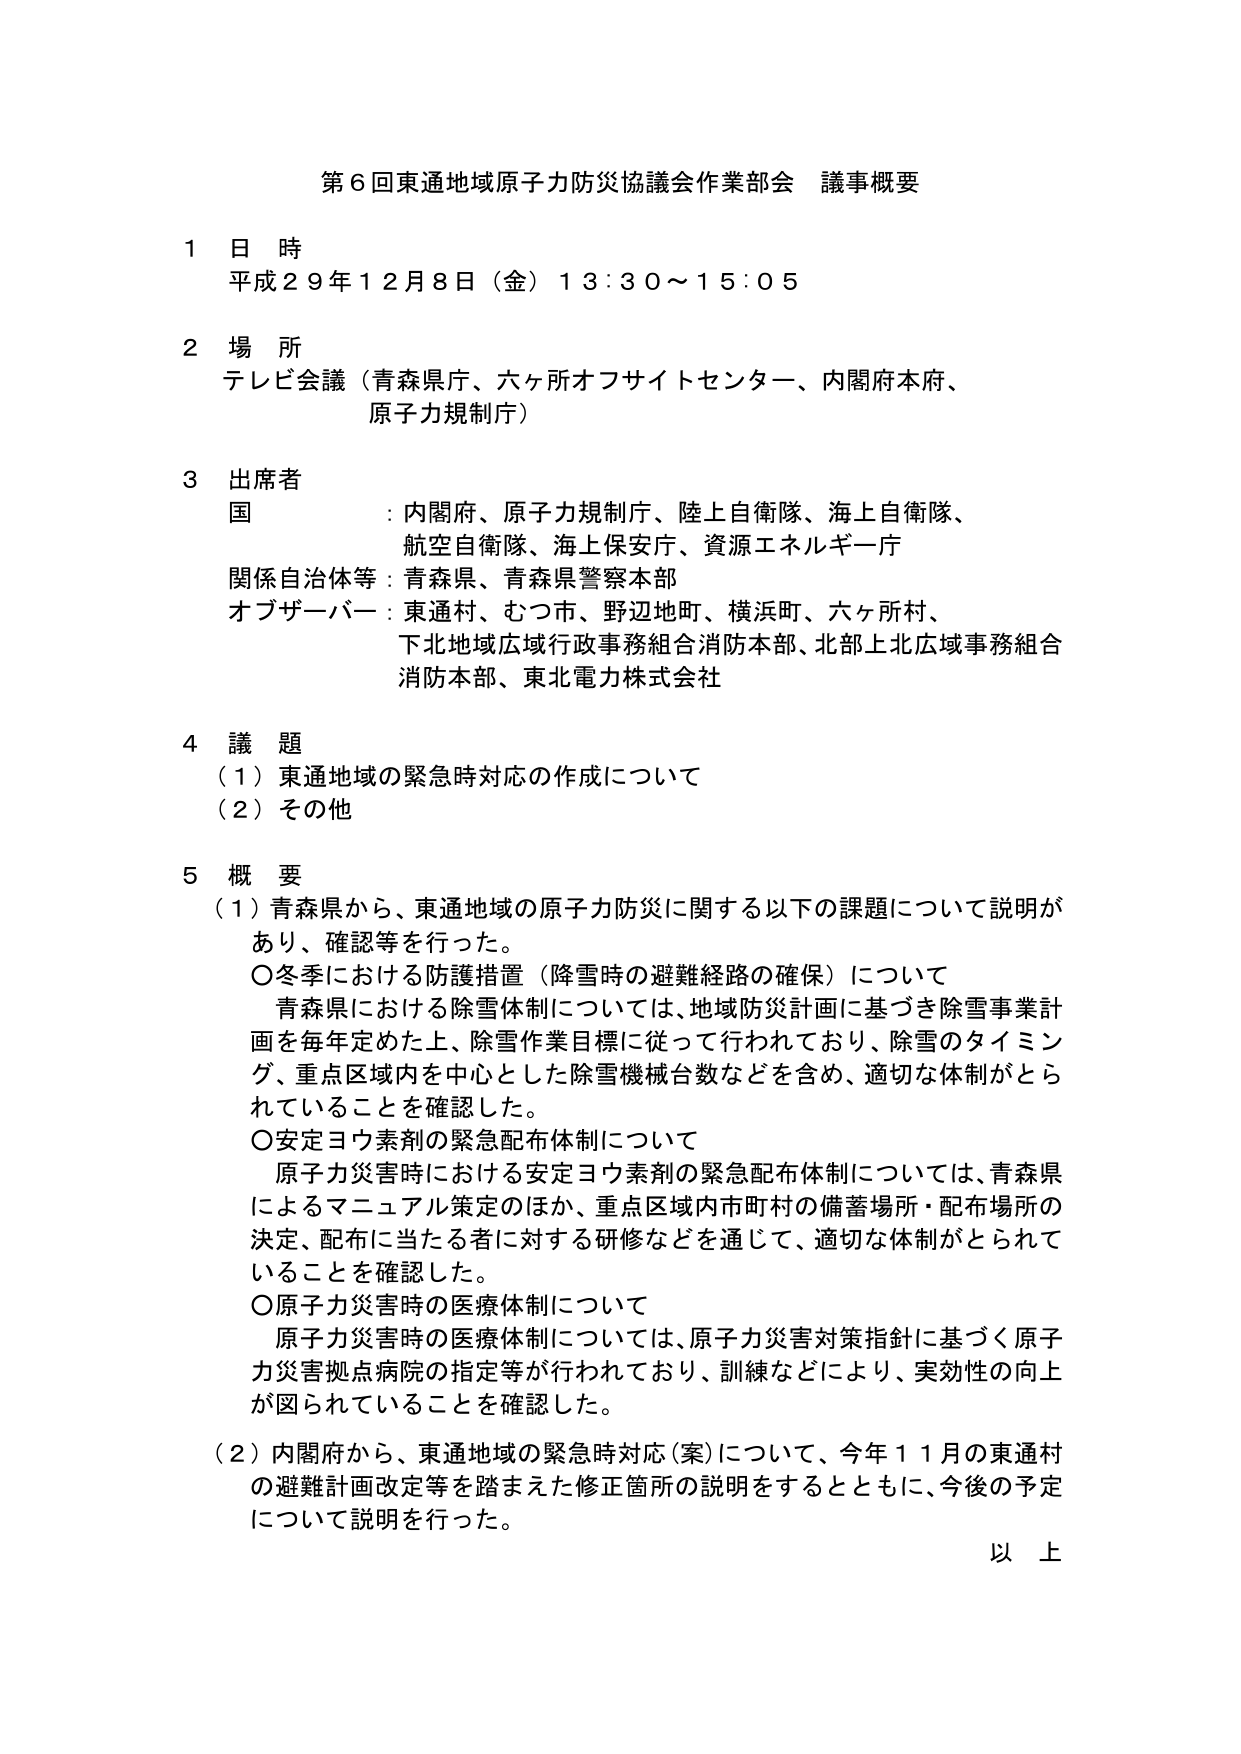
第６回東通地域原子力防災協議会作業部会 議事概要

１ 日 時
平成２９年１２月８日（金）１３：３０～１５：０５

２ 場 所
テレビ会議（青森県庁、六ヶ所オフサイトセンター、内閣府本府、
原子力規制庁）

３ 出席者
国 ：内閣府、原子力規制庁、陸上自衛隊、海上自衛隊、
　　航空自衛隊、海上保安庁、資源エネルギー庁
関係自治体等：青森県、青森県警察本部
オブザーバー：東通村、むつ市、野辺地町、横浜町、六ヶ所村、
　　　　　　下北地域広域行政事務組合消防本部、北部上北広域事務組合
　　　　　　消防本部、東北電力株式会社

４ 議 題
（１）東通地域の緊急時対応の作成について
（２）その他

５ 概 要
（１）青森県から、東通地域の原子力防災に関する以下の課題について説明が
　　あり、確認等を行った。
　　○冬季における防護措置（降雪時の避難経路の確保）について
　　　青森県における除雪体制については、地域防災計画に基づき除雪事業計
　　　画を毎年定めた上、除雪作業目標に従って行われており、除雪のタイミン
　　　グ、重点区域内を中心とした除雪機械台数などを含め、適切な体制がとら
　　　れていることを確認した。
　　○安定ヨウ素剤の緊急配布体制について
　　　原子力災害時における安定ヨウ素剤の緊急配布体制については、青森県
　　　によるマニュアル策定のほか、重点区域内市町村の備蓄場所・配布場所の
　　　決定、配布に当たる者に対する研修などを通じて、適切な体制がとられて
　　　いることを確認した。
　　○原子力災害時の医療体制について
　　　原子力災害時の医療体制については、原子力災害対策指針に基づく原子
　　　力災害拠点病院の指定等が行われており、訓練などにより、実効性の向上
　　　が図られていることを確認した。
（２）内閣府から、東通地域の緊急時対応（案）について、今年１１月の東通村
　　の避難計画改定等を踏まえた修正箇所の説明をするとともに、今後の予定
　　について説明を行った。

以 上